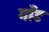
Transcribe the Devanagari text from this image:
गाँड